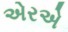
એરએ